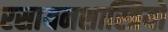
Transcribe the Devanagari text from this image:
रसायनशास्त्रियों